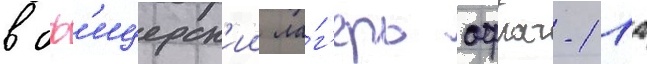
в оф'ицерск'ии ла́г'ерь офлаг-11а